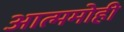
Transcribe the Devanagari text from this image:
आत्ममोही